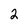
Character: 2